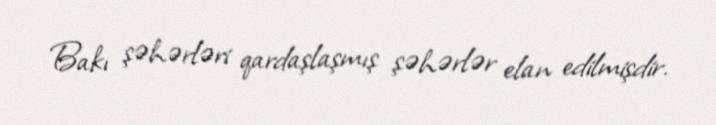
Bakı şəhərləri qardaşlaşmış şəhərlər elan edilmişdir.